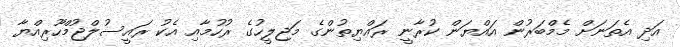
އަދި އެތަނަށް މެމްބަރުން އައްޔަން ކުރާނީ ރައްޔިތުންގެ މަޖިލީހުގެ ރުހުމާއި އެކު ރައީސުލްޖުމްހޫރިއްޔާ